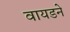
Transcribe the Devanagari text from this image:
वायडने